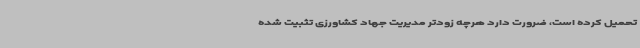
تحمیل کرده است، ضرورت دارد هرچه زودتر مدیریت جهاد کشاورزی تثبیت شده